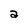
Character: a